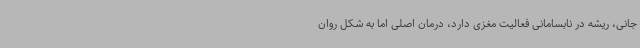
جانی‌، ریشه در نابسامانی فعالیت مغزی دارد، درمان اصلی اما به شکل روان